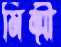
মিম্মী